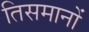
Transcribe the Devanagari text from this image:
तिसमानों